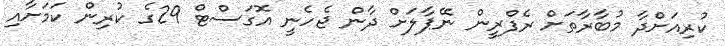
ކުރިއަށްދާ މުބާރާތަށް ރެފްރީން ނޭޕާލަށް ދާން ޖެހެނީ އޮގަސްޓް 29ގެ ކުރިން ކަމަށާއި